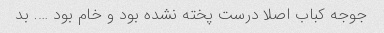
جوجه کباب اصلا درست پخته نشده بود و خام بود …. بد